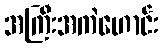
အကြီးအကဲဟောင်း